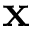
\mathbf { x }